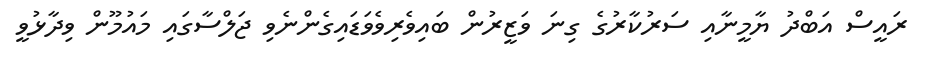
ރައީސް އަބްދު ޔާމީނާއި ސަރުކާރުގެ ގިނަ ވަޒީރުން ބައިވެރިވެވަޑައިގެންނެވި ޖަލްސާގައި މައުމޫން ވިދާޅުވީ